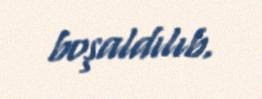
boşaldılıb.